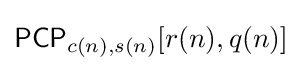
{\mathsf {PCP}}_{c(n),s(n)}[r(n),q(n)]